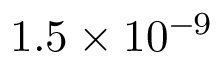
1 . 5 \times 1 0 ^ { - 9 }